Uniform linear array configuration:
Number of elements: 64
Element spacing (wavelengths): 0.75
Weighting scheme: hamming
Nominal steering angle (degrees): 0
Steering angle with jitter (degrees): -1.31
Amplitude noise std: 0.05
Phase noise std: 0.05

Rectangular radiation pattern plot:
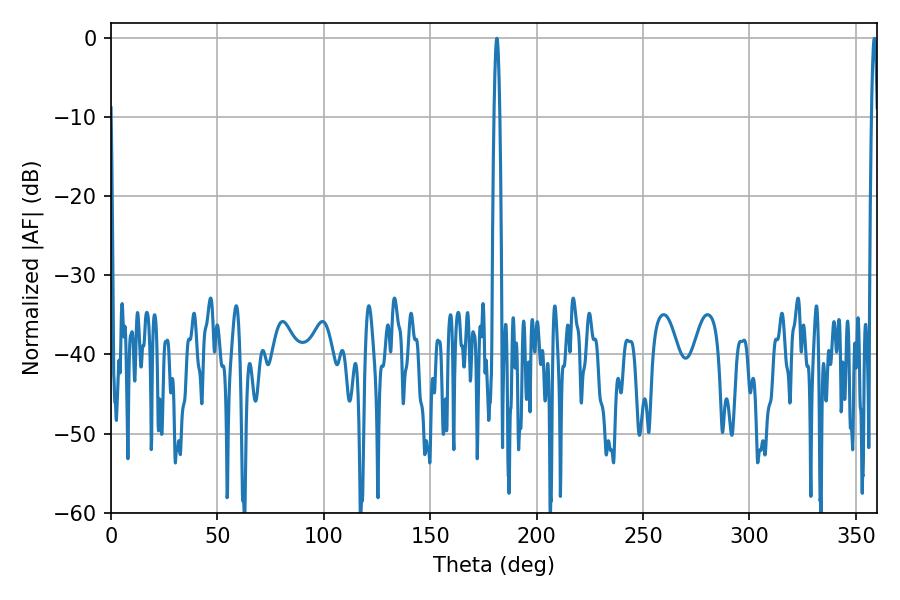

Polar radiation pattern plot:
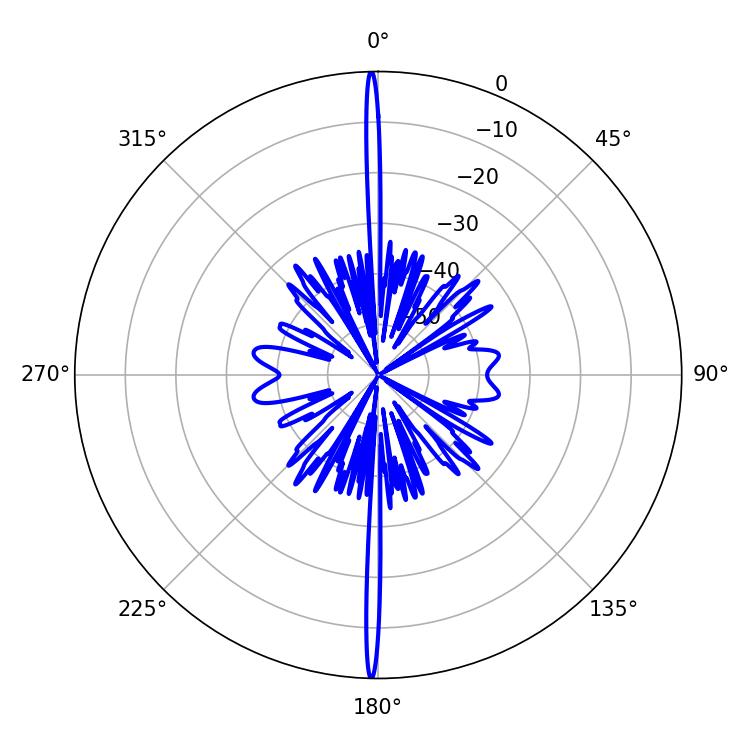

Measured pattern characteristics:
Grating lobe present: TRUE
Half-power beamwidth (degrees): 1.44
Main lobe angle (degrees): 181.26